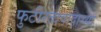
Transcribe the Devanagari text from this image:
फुटीरतावादाच्या